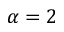
\alpha = 2